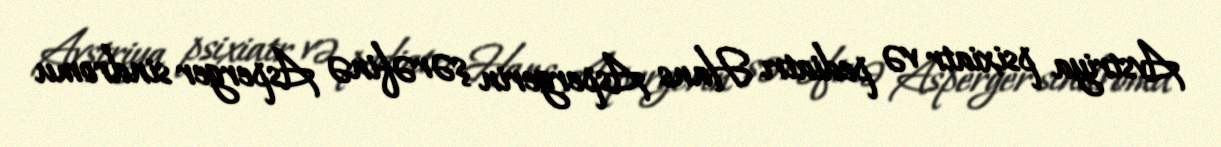
Avstriya psixiatr və pediatrı Hans Aspergerin şərəfinə Asperger sindromu